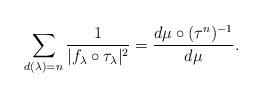
LaTeX: \begin{align*} \sum_{d(\lambda)=n} \frac{1}{|f_\lambda\circ \tau_\lambda|^2} = \frac{d \mu \circ (\tau^{{n}})^{-1} }{d\mu}.\end{align*}